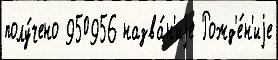
полу́чено 950956 назва́н'иjе Рожд'е́н'иjе